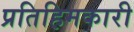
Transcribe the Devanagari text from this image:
प्रतिहिमकारी